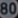
80